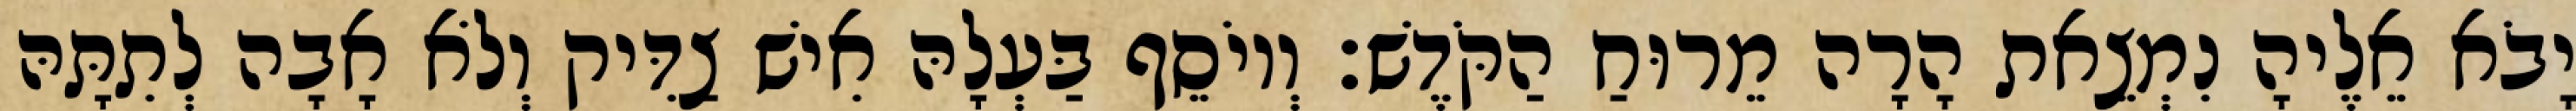
יָבֹא אֵלֶיהָ נִמְצֵאת הָרָה מֵרוּחַ הַקֹּדֶשׁ׃ וְיוֹסֵף בַּעְלָהּ אִישׁ צַדִּיק וְלֹא אָבָה לְתִתָּהּ